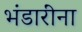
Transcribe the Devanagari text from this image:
भंडारींना